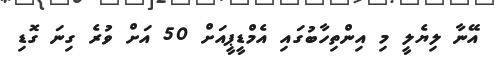
އޭނާ ލިޔެލީ މި އިންތިހާބުގައި އެމްޑީޕީއަށް 50 އަށް ވުރެ ގިނަ ގޮޑި